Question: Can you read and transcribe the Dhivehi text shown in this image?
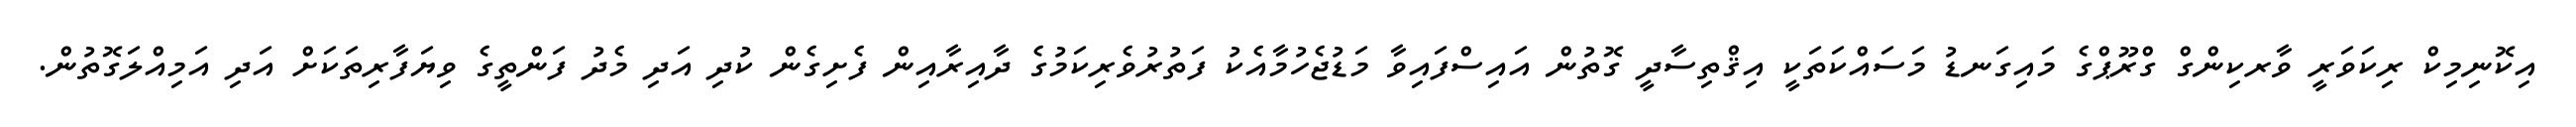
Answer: އިކޮނިމިކް ރިކަވަރީ ވާރކިންގް ގްރޫޕްގެ މައިގަނޑު މަސައްކަތަކީ އިޤްތިސާދީ ގޮތުން އައިސްފައިވާ މަޑުޖެހުމާއެކު ފަތުރުވެރިކަމުގެ ދާއިރާއިން ފެށިގެން ކުދި އަދި މެދު ފަންތީގެ ވިޔަފާރިތަކަށް އަދި އަމިއްލަގޮތުން.